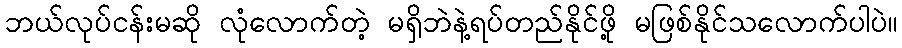
ဘယ်လုပ်ငန်းမဆို လုံလောက်တဲ့ မရှိဘဲနဲ့ရပ်တည်နိုင်ဖို့ မဖြစ်နိုင်သလောက်ပါပဲ။